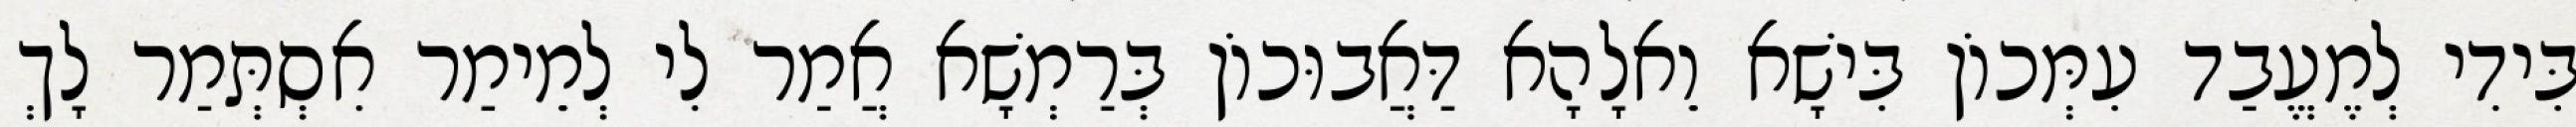
בִּידִי לְמֶעֱבַד עִמְּכוֹן בִּישָׁא וֵאלָהָא דַּאֲבוּכוֹן בְּרַמְשָׁא אֲמַר לִי לְמֵימַר אִסְתְּמַר לָךְ